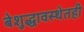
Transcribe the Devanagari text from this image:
बेशुद्धावस्थेतही